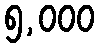
၅,၀၀၀